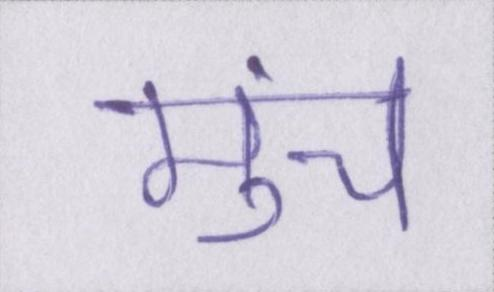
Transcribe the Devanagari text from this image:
मुंच